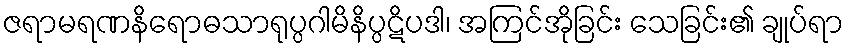
ဇရာမရဏနိရောဓသာရုပ္ပဂါမိနိပ္ပဋိပဒါ၊ အကြင်အိုခြင်း သေခြင်း၏ ချုပ်ရာ